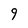
Character: 9